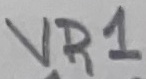
Text: VR1